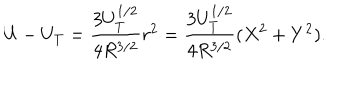
U - U _ { T } = \frac { 3 U _ { T } ^ { 1 / 2 } } { 4 R ^ { 3 / 2 } } r ^ { 2 } = \frac { 3 U _ { T } ^ { 1 / 2 } } { 4 R ^ { 3 / 2 } } ( X ^ { 2 } + Y ^ { 2 } ) .